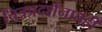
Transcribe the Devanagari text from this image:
चित्रप्रदर्शनातही